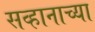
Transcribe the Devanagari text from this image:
सव्हानाच्या